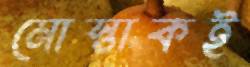
মোস্তাকই